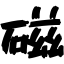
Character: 磁